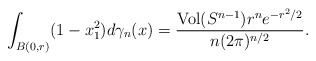
\begin{align*}\int_{B(0,r)}(1-x_{1}^{2})d\gamma_{n}(x)=\frac{\mathrm{Vol}(S^{n-1})r^{n} e^{-r^2/2}}{n(2\pi)^{n/2}}.\end{align*}